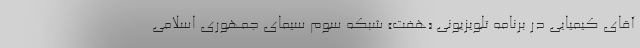
آقای کیمیایی در برنامه تلویزیونی «هفت» شبکه سوم سیمای جمهوری اسلامی